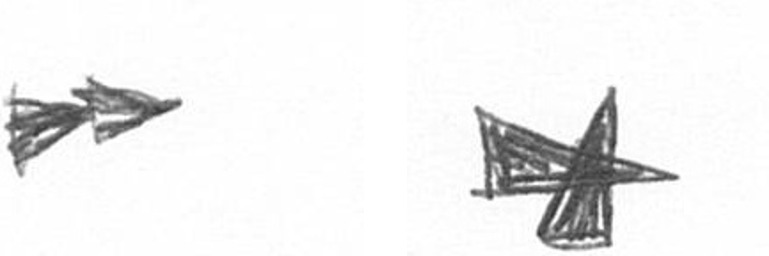
A G